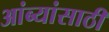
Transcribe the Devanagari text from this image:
आंब्यांसाठी